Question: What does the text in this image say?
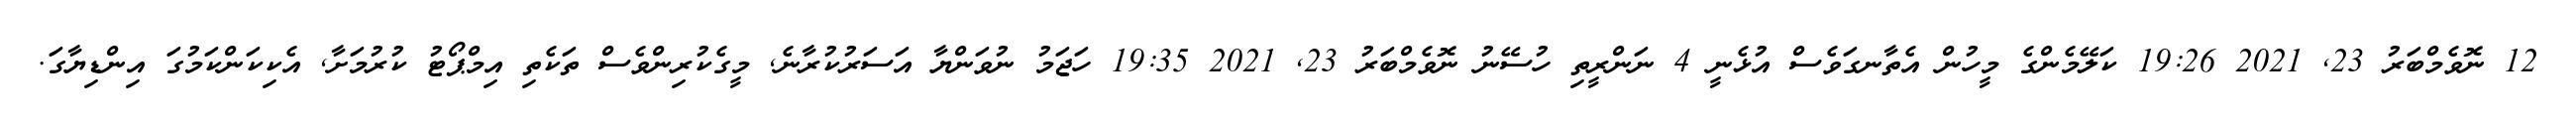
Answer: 12 ނޮވެމްބަރު 23, 2021 19:26 ކަލޭމެންގެ މީހުން އެތާނގަވެސް އުޅެނީ 4 ނަންރީތި ހުސޭނު ނޮވެމްބަރު 23, 2021 19:35 ހަޖަމު ނުވަންޔާ އަސަރުކުރާނެ, މީގެކުރިންވެސް ތަކެތި އިމްޕޯޓު ކުރުމަށާ, އެކިކަންކަމުގަ އިންޑިޔާގަ.